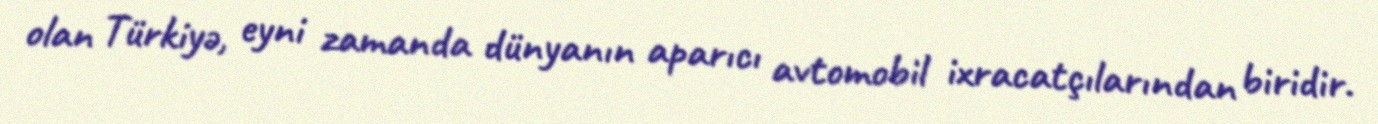
olan Türkiyə, eyni zamanda dünyanın aparıcı avtomobil ixracatçılarından biridir.